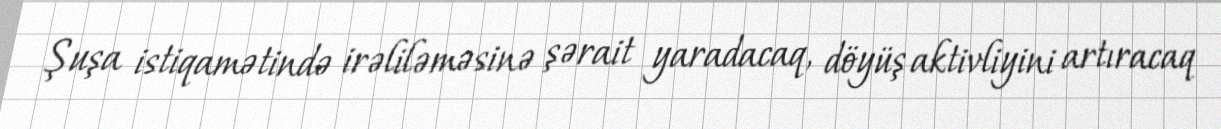
Şuşa istiqamətində irəliləməsinə şərait yaradacaq, döyüş aktivliyini artıracaq